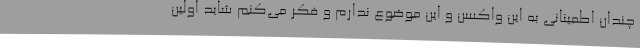
چندان اطمینانی به این واکسن و این موضوع ندارم و فکر می‌کنم شاید اولین